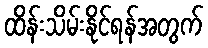
ထိန်းသိမ်းနိုင်ရန်အတွက်